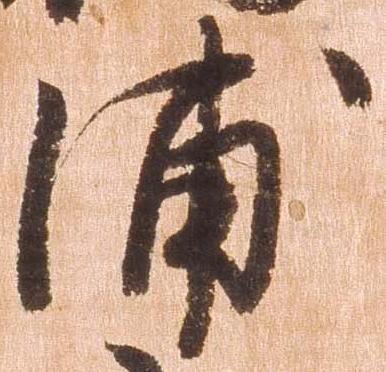
浦